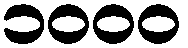
၁၀၀၀